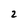
Character: 2